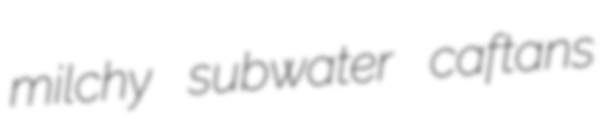
milchy subwater caftans